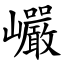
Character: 巗